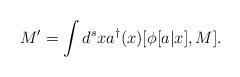
LaTeX: \begin{align*}M^\prime = \int{d^s}x{a^\dagger}(x)[\phi[a|x],M].\end{align*}